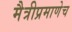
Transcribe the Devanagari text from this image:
मैत्रीप्रमाणेच